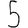
Digit: 5